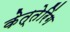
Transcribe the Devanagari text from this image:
केत्तेरिंग